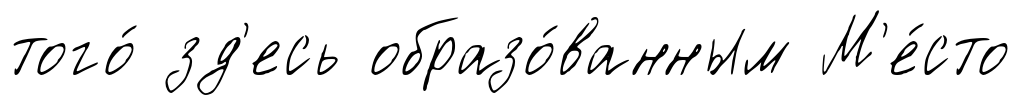
того́ зд'есь образо́ванным М'е́сто